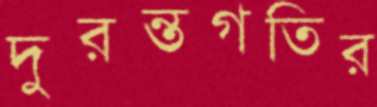
দুরন্তগতির